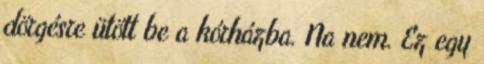
dörgésre ütött be a kórházba. Na nem. Ez egy